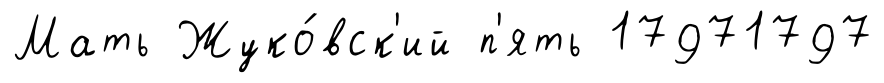
Мать Жуко́вск'ий п'ять 17971797